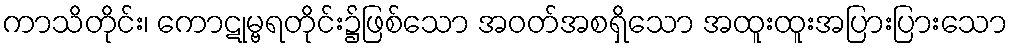
ကာသိတိုင်း၊ ကောဋုမ္ဗရတိုင်း၌ဖြစ်သော အဝတ်အစရှိသော အထူးထူးအပြားပြားသော